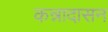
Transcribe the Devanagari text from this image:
कन्नादासन